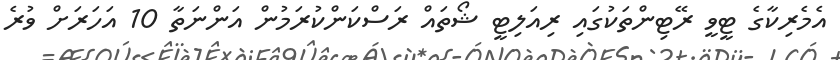
އެމެރިކާގެ ޓީވީ ރޭޓިންތަކުގައި ރިއަލިޓީ ޝޯތައް ރަސްކަންކުރަމުން އަންނަތާ 10 އަހަރަށް ވުރެ